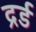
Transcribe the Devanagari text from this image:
द्रर्ड